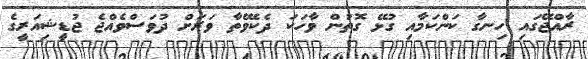
ރާއްޖޭގައި ހިނގާ ކަންކަމާއި ގުޅޭ ގޮތުން ވާހަކަ ދެކެވޭތާ ވަރަށް ދުވަސްވެއްޖެ ޖުޑީޝިއަރީގެ